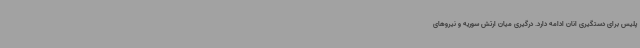
پلیس برای دستگیری انان ادامه دارد. درگیری میان ارتش سوریه و نیروهای